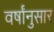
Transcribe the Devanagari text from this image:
वर्षांनुसार